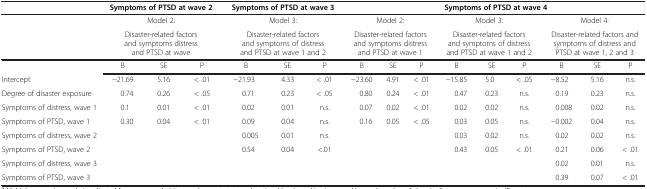
<table><thead><tr><td><b> </b></td><td colspan="3"><b>Symptoms of PTSD at wave 2</b></td><td colspan="3"><b>Symptoms of PTSD at wave 3</b></td><td colspan="9"><b>Symptoms of PTSD at wave 4</b></td></tr></thead><tbody><tr><td> </td><td colspan="3">Model 2:</td><td colspan="3">Model 3:</td><td colspan="3">Model 2:</td><td colspan="3">Model 3:</td><td colspan="3">Model 4:</td></tr><tr><td> </td><td colspan="3">Disaster-related factors and symptoms distress and PTSD at wave</td><td colspan="3">Disaster-related factors and symptoms of distress and PTSD at wave 1 and 2</td><td colspan="3">Disaster-related factors and symptoms distress and PTSD at wave 1</td><td colspan="3">Disaster-related factors and symptoms of distress and PTSD at wave 1 and 2</td><td colspan="3">Disaster-related factors and symptoms of distress and PTSD at wave 1, 2 and 3</td></tr><tr><td> </td><td>B</td><td>SE</td><td>P</td><td>B</td><td>SE</td><td>P</td><td>B</td><td>SE</td><td>P</td><td>B</td><td>SE</td><td>P</td><td>B</td><td>SE</td><td>P</td></tr><tr><td>Intercept</td><td>−21.69</td><td>5.16</td><td>&lt; .01</td><td>−21.93</td><td>4.33</td><td>&lt; .01</td><td>−23.60</td><td>4.91</td><td>&lt; .01</td><td>−15.85</td><td>5.0</td><td>&lt; .05</td><td>−8.52</td><td>5.16</td><td>n.s.</td></tr><tr><td>Degree of disaster exposure</td><td>0.74</td><td>0.26</td><td>&lt; .05</td><td>0.71</td><td>0.23</td><td>&lt; .05</td><td>0.80</td><td>0.24</td><td>&lt; .01</td><td>0.47</td><td>0.23</td><td>n.s.</td><td>0.19</td><td>0.23</td><td>n.s.</td></tr><tr><td>Symptoms of distress, wave 1</td><td>0.1</td><td>0.01</td><td>&lt; .01</td><td>0.02</td><td>0.01</td><td>n.s.</td><td>0.07</td><td>0.02</td><td>&lt; .01</td><td>0.02</td><td>0.02</td><td>n.s.</td><td>0.008</td><td>0.02</td><td>n.s.</td></tr><tr><td>Symptoms of PTSD, wave 1</td><td>0.30</td><td>0.04</td><td>&lt; .01</td><td>0.09</td><td>0.04</td><td>n.s.</td><td>0.16</td><td>0.05</td><td>&lt; .05</td><td>0.03</td><td>0.05</td><td>n.s.</td><td>−0.002</td><td>0.04</td><td>n.s.</td></tr><tr><td>Symptoms of distress, wave 2</td><td> </td><td> </td><td> </td><td>0.005</td><td>0.01</td><td>n.s.</td><td> </td><td> </td><td> </td><td>0.03</td><td>0.02</td><td>n.s.</td><td>0.02</td><td>0.02</td><td>n.s.</td></tr><tr><td>Symptoms of PTSD, wave 2</td><td> </td><td> </td><td> </td><td>0.54</td><td>0.04</td><td>&lt;.01</td><td> </td><td> </td><td> </td><td>0.43</td><td>0.05</td><td>&lt; .01</td><td>0.21</td><td>0.06</td><td>&lt; .01</td></tr><tr><td>Symptoms of distress, wave 3</td><td> </td><td> </td><td> </td><td> </td><td> </td><td> </td><td> </td><td> </td><td> </td><td> </td><td> </td><td> </td><td>0.02</td><td>0.01</td><td>n.s.</td></tr><tr><td>Symptoms of PTSD, wave 3</td><td> </td><td> </td><td> </td><td> </td><td> </td><td> </td><td> </td><td> </td><td> </td><td> </td><td> </td><td> </td><td>0.39</td><td>0.07</td><td>&lt; .01</td></tr></tbody></table>